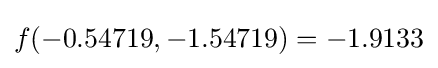
f(-0.54719,-1.54719)=-1.9133